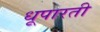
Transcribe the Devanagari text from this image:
धूपारती